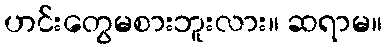
ဟင်းတွေမစားဘူးလား။ ဆရာမ။